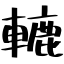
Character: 轆